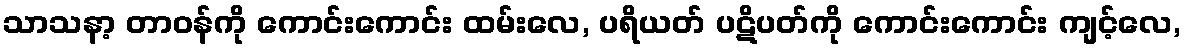
သာသနာ့ တာဝန်ကို ကောင်းကောင်း ထမ်းလေ, ပရိယတ် ပဋိပတ်ကို ကောင်းကောင်း ကျင့်လေ,